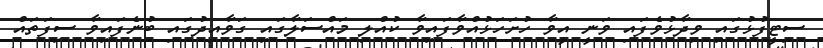
ސިޓީފުޅުގައި ވިދާޅުވެފައި ވަނީ އީވާ ހުށަހަޅުއްވާފައިވާ ކުއްލި މައްސަލާގައި ގަވާއިދުގައި ބުނެފައިވާ ސިފަތައް